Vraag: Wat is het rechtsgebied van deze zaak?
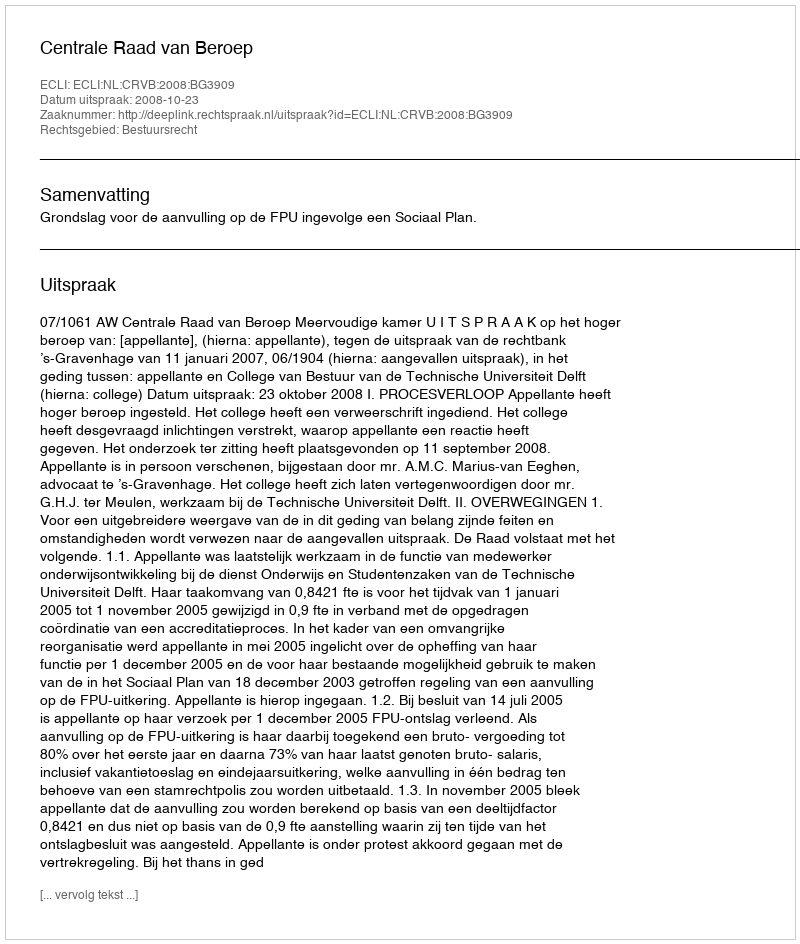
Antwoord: Bestuursrecht